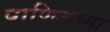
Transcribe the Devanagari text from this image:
प्राणिऊष्मा